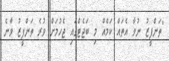
"ތަންފީޒު ނުވާ އެތައް ކަމެއް މި ބަޖެޓްގައި ޖެހުމަށް ވުރެ ތަންފީޒު ވާނެ